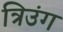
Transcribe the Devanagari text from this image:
त्रिउंग